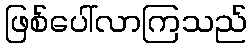
ဖြစ်ပေါ်လာကြသည်